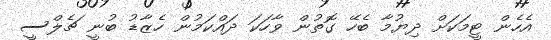
އެހެން ޓީމަކަށް ދިޔުމާ ބެހޭ ގޮތުން ވާހަކަ ދައްކަމުން ހެޒާޑު ބުނީ ޗެލްސީ